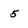
Character: 5